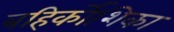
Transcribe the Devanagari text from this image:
बहिर्कोशिका